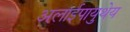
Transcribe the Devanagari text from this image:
अलाईपायुथेय